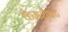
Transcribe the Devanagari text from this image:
कैमशैफ्ट